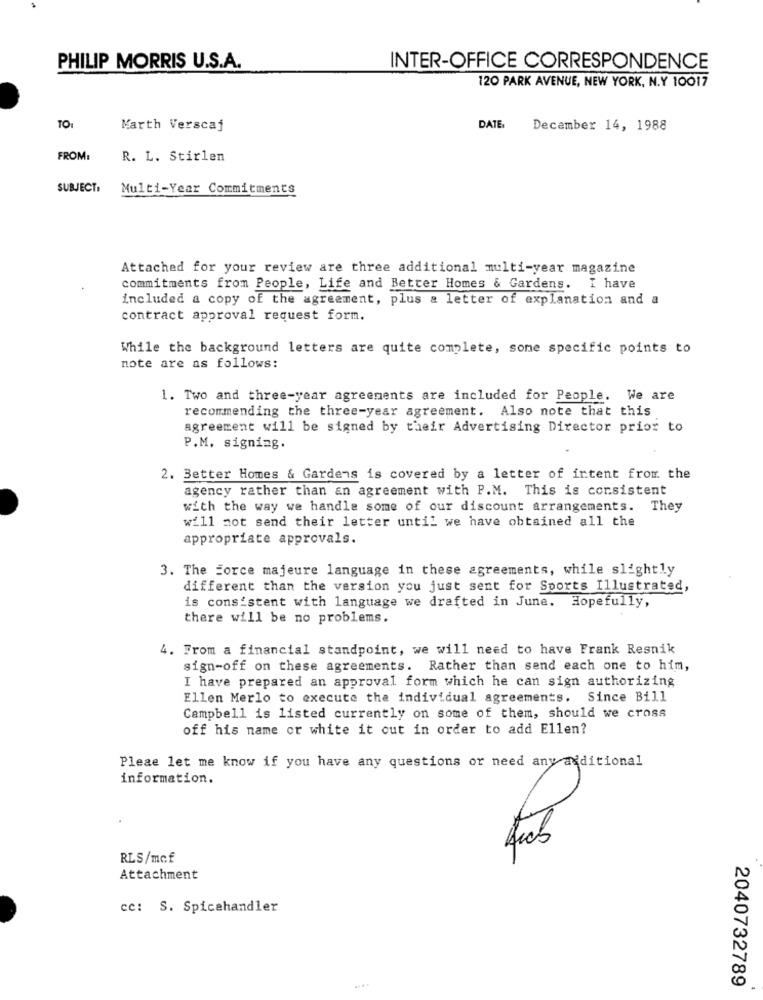
PHILIP MORRIS U.S.A.
INTER-OFFICE CORRESPONDENCE
120 PARK AVENUE, NEW YORK, N.Y 10017
TO:
Marth Verscaj
DATE
December 14, 1988
FROM:
R. L. Stirlen
SUBJECT:
Multi-Year Commitments
Attached for your review are three additional multi-year magazine
commitments from People, Life and Better Homes & Gardens. I have
included a copy of the agreement, plus a letter of explanation and a
contract approval request form.
While the background letters are quite complete, some specific points to
note are as follows:
1. Two and three-year agreements are included for People. We are
recommending the three-year agreement. Also note that this
agreement will be signed by their Advertising Director prior to
P.M. signing.
2. Better Homes & Gardens is covered by a letter of intent from the
agency rather than an agreement with P.M. This is consistent
with the way we handle some of our discount arrangements. They
will not send their letter until we have obtained all the
appropriate approvals.
3. The Force majeure language in these agreements, while slightly
different than the version you just sent for Sports Illustrated,
is consistent with language we drafted in June. Hopefully,
there will be no problems.
4. From a financial standpoint, we will need to have Frank Resnik
sign-off on these agreements. Rather than send each one to him,
I have prepared an approval form which he can sign authorizing
Ellen Merlo to execute the individual agreements. Since Bill
Campbell is listed currently on some of them, should we cross
off his name or white it out in order to add Ellen?
Pleae let me know if you have any questions or need any additional
information.
RLS/mcf
Attachment
cc: S. Spicahandler
2040732789